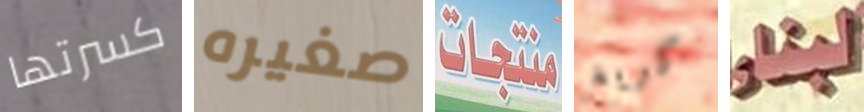
كسرتها صغيره منتجات كريغ لبناء